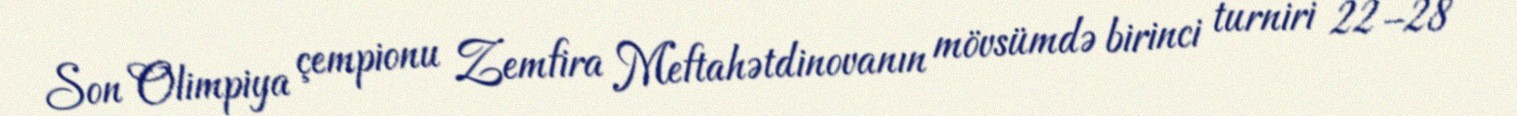
Son Olimpiya çempionu Zemfira Meftahətdinovanın mövsümdə birinci turniri 22–28